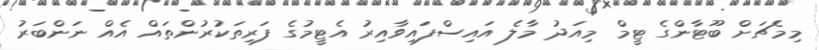
މިމެޗަށް ބޫޓާންގެ ޓީމް މިއަދު މާލެ އައިސްފައިވާއިރު އެޓީމުގެ ފަރިތަކުރުންތައް އެއް ނަންބަރު